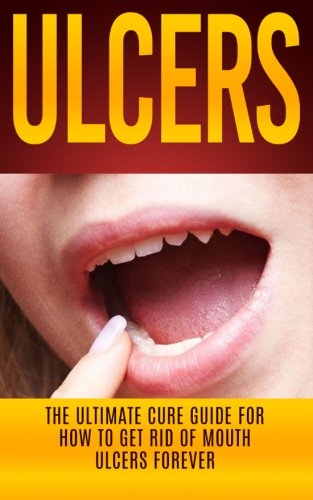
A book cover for Ulcers: The Ultimate Cure Guide for How to Get Rid of Mouth Ulcers Instantly (Ulcer Free, Ulcer Diet, Mouth Ulcer Cure, Oral Ulcer); Wade Migan; Health, Fitness & Dieting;